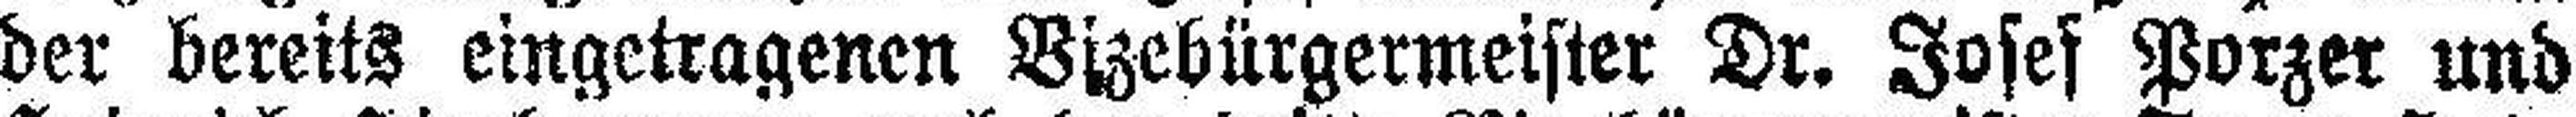
der bereits eingetragenen Bizebürgermeister Dr. Joses Porzer und